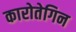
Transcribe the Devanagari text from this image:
कारोतेगिन